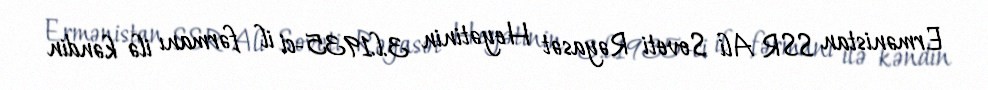
Ermənistan SSR Ali Soveti Rəyasət Heyətinin 3.l.1935-ci il fərmanı ilə kəndin